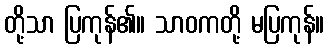
တို့သာ ပြကုန်၏။ သာဝကတို့ မပြကုန်။